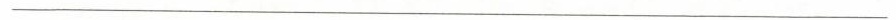
___